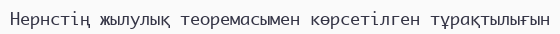
Нернстің жылулық теоремасымен көрсетілген тұрақтылығын